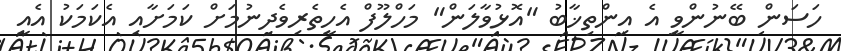
ހަސަން ބޭނުންވީ އެ އިންތިޚާބު "އޮޅުވާލަން" މަހްލޫފް އެހީތެރިވެދިނުމަށް ކަމަށާއި އެކަމަކު އެއީ